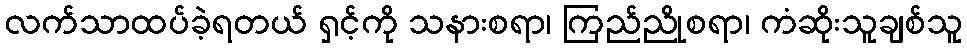
လက်သာထပ်ခဲ့ရတယ် ရှင့်ကို သနားစရာ၊ ကြည်ညိုစရာ၊ ကံဆိုးသူချစ်သူ